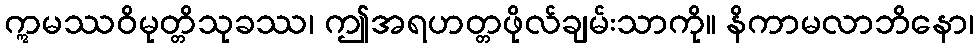
ဣမဿဝိမုတ္တိသုခဿ၊ ဤအရဟတ္တဖိုလ်ချမ်းသာကို။ နိကာမလာဘိနော၊